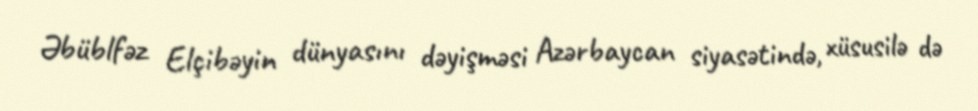
Əbüblfəz Elçibəyin dünyasını dəyişməsi Azərbaycan siyasətində, xüsusilə də